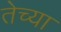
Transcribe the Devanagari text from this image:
तेच्या